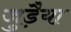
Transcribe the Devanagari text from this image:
जुड़ैया